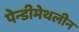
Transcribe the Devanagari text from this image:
पेन्‍डीमेथलीन